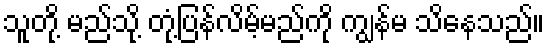
သူတို့ မည်သို့ တုံ့ပြန်လိမ့်မည်ကို ကျွန်မ သိနေသည်။